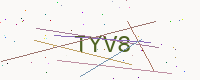
Text: TYV8